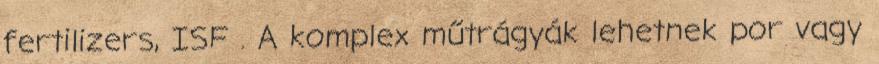
fertilizers, ISF . A komplex műtrágyák lehetnek por vagy